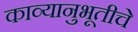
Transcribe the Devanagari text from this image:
काव्यानुभूतीचे